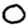
Digit: 0